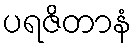
ပရဇိတာနံ